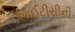
આઈટીસીની